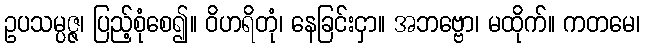
ဥပသမ္ပဇ္ဇ၊ ပြည့်စုံစေ၍။ ဝိဟရိတုံ၊ နေခြင်းငှာ။ အဘဗ္ဗော၊ မထိုက်။ ကတမေ၊